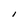
Character: I